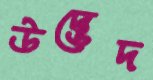
উদ্ভেদ